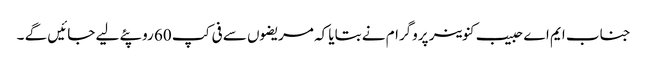
جناب ایم اے حبیب کنوینر پروگرام نے بتایا کہ مریضوں سے فی کپ 60 روپئے لیے جائیں گے ۔